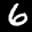
Label: 6